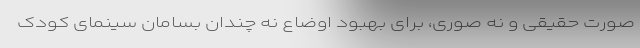
صورت حقیقی و نه صوری، برای بهبود اوضاع نه چندان بسامان سینمای کودک